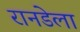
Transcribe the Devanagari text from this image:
रानडेला